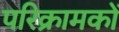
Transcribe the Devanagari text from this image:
परिक्रामकों